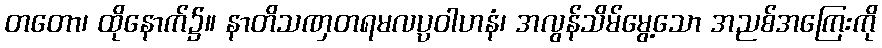
တတော၊ ထိုနောက်၌။ နာတိသဏှတရမလပ္ပဝါဟနံ၊ အလွန်သိမ်မွေ့သော အညစ်အကြေးကို